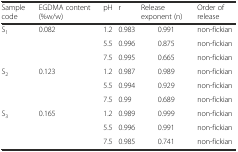
| Sample code | EGDMA content (%w/w) | pH | r | Release exponent (n) | Order of release |
 | --- | --- | --- | --- | --- | --- |
 | <ROWSPAN=3> S1 | <ROWSPAN=3> 0.082 | 1.2 | 0.983 | 0.991 | non-fickian |
 | 5.5 | 0.996 | 0.875 | non-fickian |
 | 7.5 | 0.995 | 0.665 | non-fickian |
 | <ROWSPAN=3> S2 | <ROWSPAN=3> 0.123 | 1.2 | 0.987 | 0.989 | non-fickian |
 | 5.5 | 0.994 | 0.929 | non-fickian |
 | 7.5 | 0.99 | 0.689 | non-fickian |
 | <ROWSPAN=3> S3 | <ROWSPAN=3> 0.165 | 1.2 | 0.989 | 0.999 | non-fickian |
 | 5.5 | 0.996 | 0.991 | non-fickian |
 | 7.5 | 0.985 | 0.741 | non-fickian |